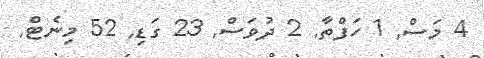
4 މަސް